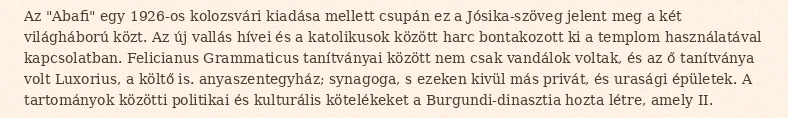
Az "Abafi" egy 1926-os kolozsvári kiadása mellett csupán ez a Jósika-szöveg jelent meg a két világháború közt. Az új vallás hívei és a katolikusok között harc bontakozott ki a templom használatával kapcsolatban. Felicianus Grammaticus tanítványai között nem csak vandálok voltak, és az ő tanítványa volt Luxorius, a költő is. anyaszentegyház; synagoga, s ezeken kivül más privát, és urasági épületek. A tartományok közötti politikai és kulturális kötelékeket a Burgundi-dinasztia hozta létre, amely II.